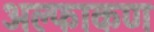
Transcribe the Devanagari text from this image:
अल्फाकण